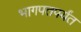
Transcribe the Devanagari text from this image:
भागपतपर्यंत